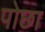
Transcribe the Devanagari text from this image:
पोछा